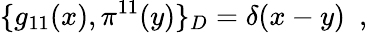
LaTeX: \{ g_{11}(x),\pi^{11}(y)\} _{D}=\delta(x-y)\, \, \, ,